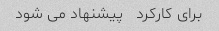
برای کارکرد   پیشنهاد می شود